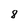
Character: 8